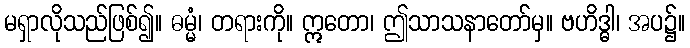
မရှာလိုသည်ဖြစ်၍။ ဓမ္မံ၊ တရားကို။ ဣတော၊ ဤသာသနာတော်မှ။ ဗဟိဒ္ဓါ၊ အပ၌။